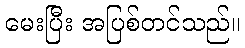
မေးပြီး အပြစ်တင်သည်။